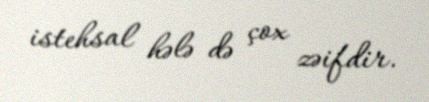
istehsal hələ də çox zəifdir.